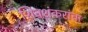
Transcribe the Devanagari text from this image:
शिवशंकरांचा